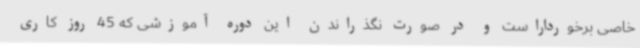
خاصی برخورداراست و در صورت نگذراندن این دوره آموزشی که 45 روز کاری